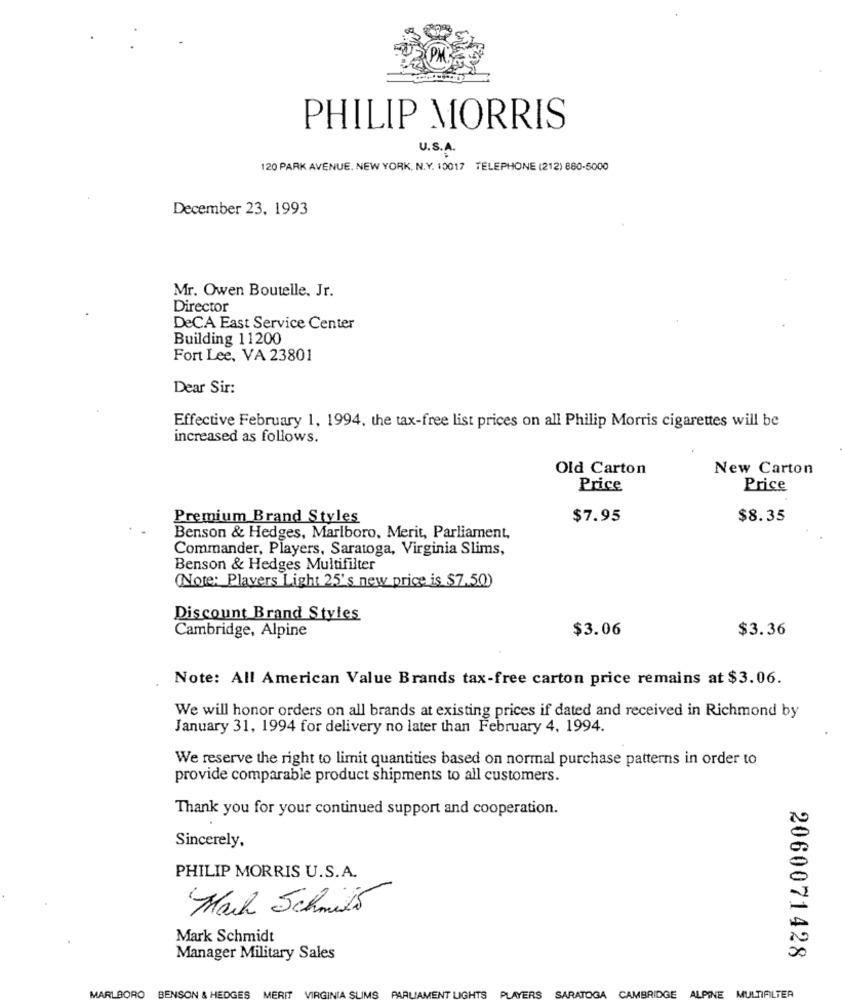
PHILIP MORRIS
U.S.A.
120 PARK AVENUE. NEW YORK, N.Y. 10017 TELEPHONE (212) 880-5000
December 23, 1993
Mr. Owen Boutelle. Jr.
Director
DeCA East Service Center
Building 11200
Fort Lee, VA 23801
Dear Sir:
Effective February 1, 1994, the tax-free list prices on all Philip Morris cigarettes will be
increased as follows.
Old Carton
New Carton
Price
Price
Premium Brand Styles
$7.95
$8.35
Benson & Hedges, Marlboro, Merit, Parliament,
Commander, Players, Saratoga, Virginia Slims,
Benson & Hedges Multifilter
(Note: Plavers Light 25's new price is $7.50)
Discount Brand Styles
Cambridge, Alpine
$3.06
$3.36
Note: All American Value Brands tax-free carton price remains at $3.06.
We will honor orders on all brands at existing prices if dated and received in Richmond by
January 31, 1994 for delivery no later than February 4, 1994.
We reserve the right to limit quantities based on normal purchase patterns in order to
provide comparable product shipments to all customers.
Thank you for your continued support and cooperation.
Sincerely,
PHILIP MORRIS U.S.A.
Mark Schmitt
Mark Schmidt
Manager Military Sales
2060071428
GES
MERIT
VIRGINIA SUMS
PLAYERS
SARATOGA
CAMBRIDGE
ALPINE MULTIFILTER
PARLIAMENT LIGHTS